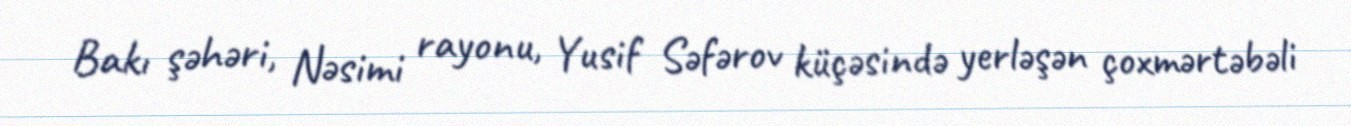
Bakı şəhəri, Nəsimi rayonu, Yusif Səfərov küçəsində yerləşən çoxmərtəbəli